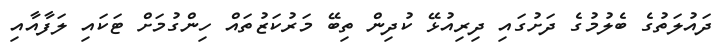
ދައުލަތުގެ ބެލުމުގެ ދަށުގައި ދިރިއުޅޭ ކުދިން ތިބޭ މަރުކަޒުތައް ހިންގުމަށް ޓަކައި ލަފާއާއި